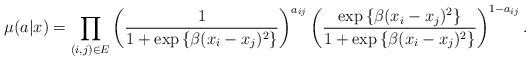
\begin{align*}\mu(a|x)=\prod_{(i,j)\in E}\left(\frac{1}{1+\exp\left\{ \beta(x_{i}-x_{j})^{2}\right\} }\right)^{a_{ij}}\left(\frac{\exp\left\{ \beta(x_{i}-x_{j})^{2}\right\} }{1+\exp\left\{ \beta(x_{i}-x_{j})^{2}\right\} }\right)^{1-a_{ij}}.\end{align*}